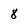
Character: 8